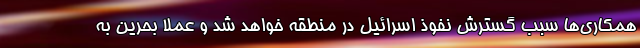
همکاری‌ها سبب گسترش نفوذ اسرائیل در منطقه خواهد شد و عملا بحرین به